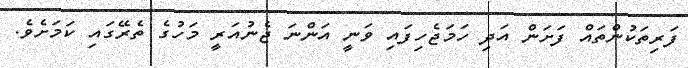
ފަރިތަކުންތައް ފަށަން އަދި ހަމަޖެހިފައި ވަނީ އަންނަ ޖެނުއަރީ މަހުގެ ތެރޭގައި ކަމަށެވެ.